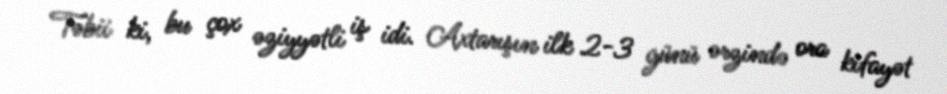
Təbii ki, bu çox əziyyətli iş idi. Axtarışın ilk 2-3 günü ərzində ora kifayət